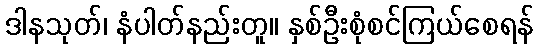
ဒါနသုတ်၊ နံပါတ်နည်းတူ။ နှစ်ဦးစုံစင်ကြယ်စေရန်